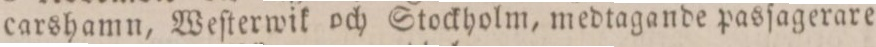
carshamn, Weſterwik och Stockholm, medtagande pasſagerare